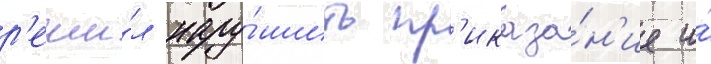
р'еши́л нару́шить пр'иказа́н'ие и́